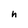
Character: h